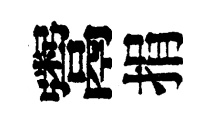
鬻捐